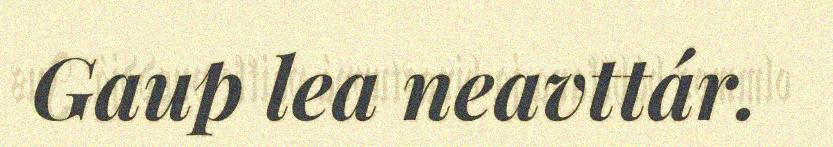
Gaup lea neavttár.